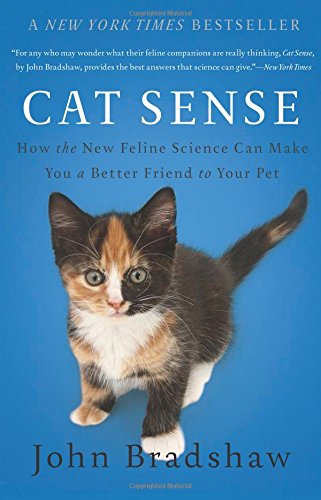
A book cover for Cat Sense: How the New Feline Science Can Make You a Better Friend to Your Pet; John Bradshaw; Crafts, Hobbies & Home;